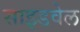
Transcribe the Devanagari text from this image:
साइडवेल